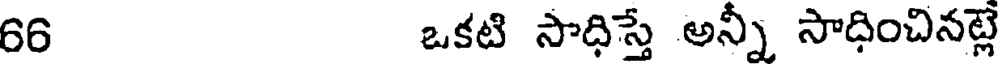
66 ఒకటి సాధిస్తే అన్నీ సాధించినట్ల